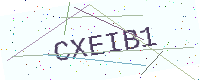
Text: CXEIB1